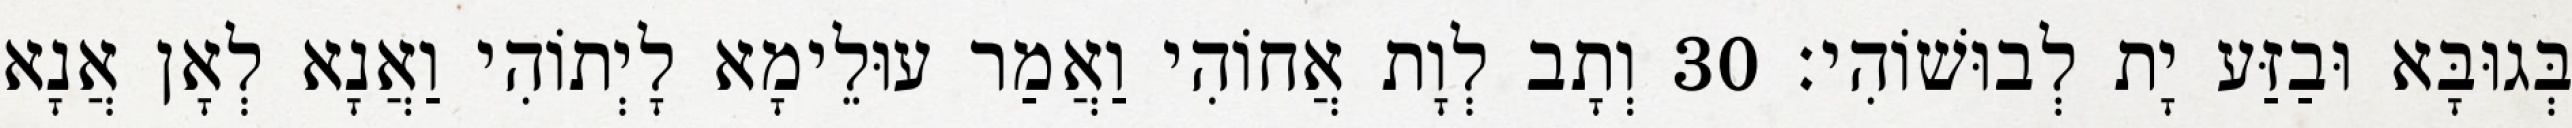
בְּגוּבָּא וּבַזַּע יָת לְבוּשׁוֹהִי׃ 30 וְתָב לְוָת אֲחוֹהִי וַאֲמַר עוּלֵימָא לָיְתוֹהִי וַאֲנָא לְאָן אֲנָא